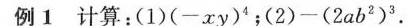
例1计算：（1）$$( - x y ) ^ { 4 }$$；（2）$$- ( 2 a b ^ { 2 } ) ^ { 3 }$$.